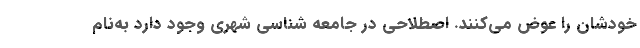
خودشان را عوض می‌کنند. اصطلاحی در جامعه شناسی شهری وجود دارد به‌نام